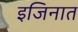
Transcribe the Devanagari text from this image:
इजिनात